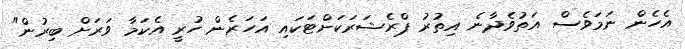
އެހެން ނަމަވެސް އަތުވެދާނެ އިތުރު ޕްރެޝަރަކަށްޓަކައި އަހަރެން ހުރީ އެކަމާ ވަރަށް ބިރުން"